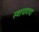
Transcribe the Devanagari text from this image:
स्थापायचा